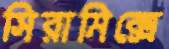
সিরামিক্সে